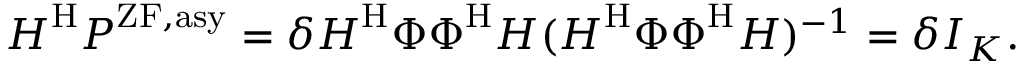
\boldsymbol { H } ^ { \mathrm { H } } \boldsymbol { P } ^ { \mathrm { Z F , a s y } } = \delta \boldsymbol { H } ^ { \mathrm { H } } \boldsymbol { \Phi } \boldsymbol { \Phi } ^ { \mathrm { H } } \boldsymbol { H } ( \boldsymbol { H } ^ { \mathrm { H } } \boldsymbol { \Phi } \boldsymbol { \Phi } ^ { \mathrm { H } } \boldsymbol { H } ) ^ { - 1 } = \delta \boldsymbol { I } _ { K } .